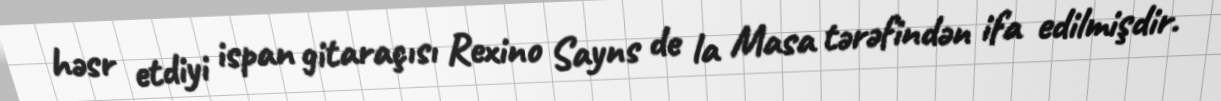
həsr etdiyi ispan gitaraçısı Rexino Sayns de la Masa tərəfindən ifa edilmişdir.